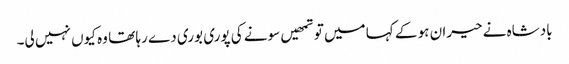
بادشاہ نے حیران ہو کے کہا میں تو تمھیں سونے کی پوری بوری دے رہا تھا وہ کیوں نہیں لی۔